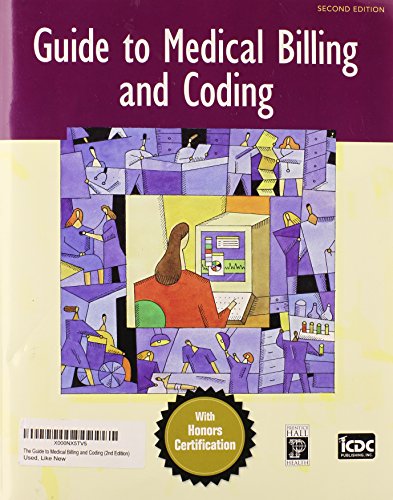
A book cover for The Guide to Medical Billing and Coding (2nd Edition); ICDC Publishing Inc.; Medical Books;